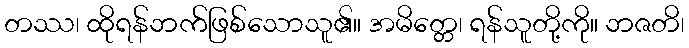
တဿ၊ ထိုရန်ဘက်ဖြစ်သောသူ၏။ အမိတ္တေ၊ ရန်သူတို့ကို။ ဘဇတိ၊